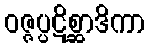
ဝဇ္ဇပ္ပဋိစ္ဆာဒိကာ